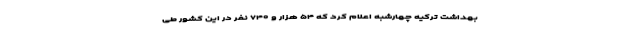
بهداشت ترکیه چهارشبه اعلام کرد که ۵۴ هزار و ۷۴۰ نفر در این کشور طی